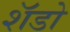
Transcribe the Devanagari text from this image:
शॅडो